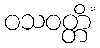
ဝသဝတ္တိံ